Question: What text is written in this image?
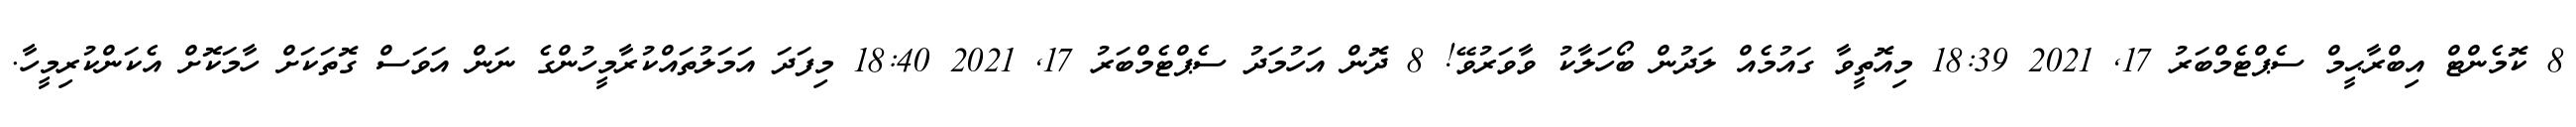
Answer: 8 ކޮމެންޓް އިބްރާޙީމް ސެޕްޓެމްބަރު 17, 2021 18:39 މިއޮތީވާ ގައުމެއް ލަދުން ބޯހަލާކު ވާވަރުވޭ! 8 ދޮން އަހުމަދު ސެޕްޓެމްބަރު 17, 2021 18:40 މިފަދަ އަމަލުތައްކުރާމީހުންގެ ނަން އަވަސް ގޮތަކަށް ހާމަކޮށް އެކަންކުރިމީހާ.